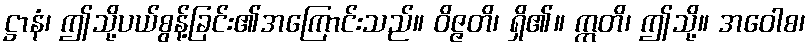
ဋ္ဌာနံ၊ ဤသို့ပယ်စွန့်ခြင်း၏အကြောင်းသည်။ ဝိဇ္ဇတိ၊ ရှိ၏။ ဣတိ၊ ဤသို့။ အဝေါစ၊